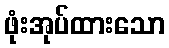
ဖုံးအုပ်ထားသော